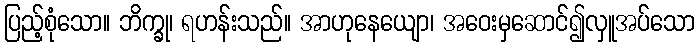
ပြည့်စုံသော။ ဘိက္ခု၊ ရဟန်းသည်။ အာဟုနေယျော၊ အဝေးမှဆောင်၍လှူအပ်သော